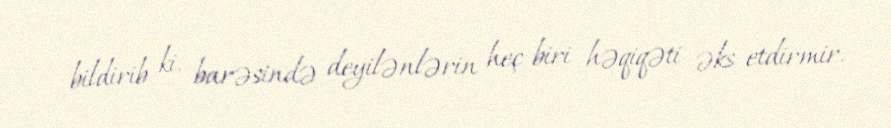
bildirib ki, barəsində deyilənlərin heç biri həqiqəti əks etdirmir.